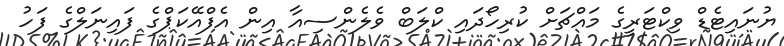
ޔުނައިޓެޑް ވިކްޓަރީގެ މައްޗަށް ކުރިހޯދައި ކްލަބް ވެލެންސިއާ އިން އެފްއޭކަޕްގެ ފައިނަލްގެ ފަހު